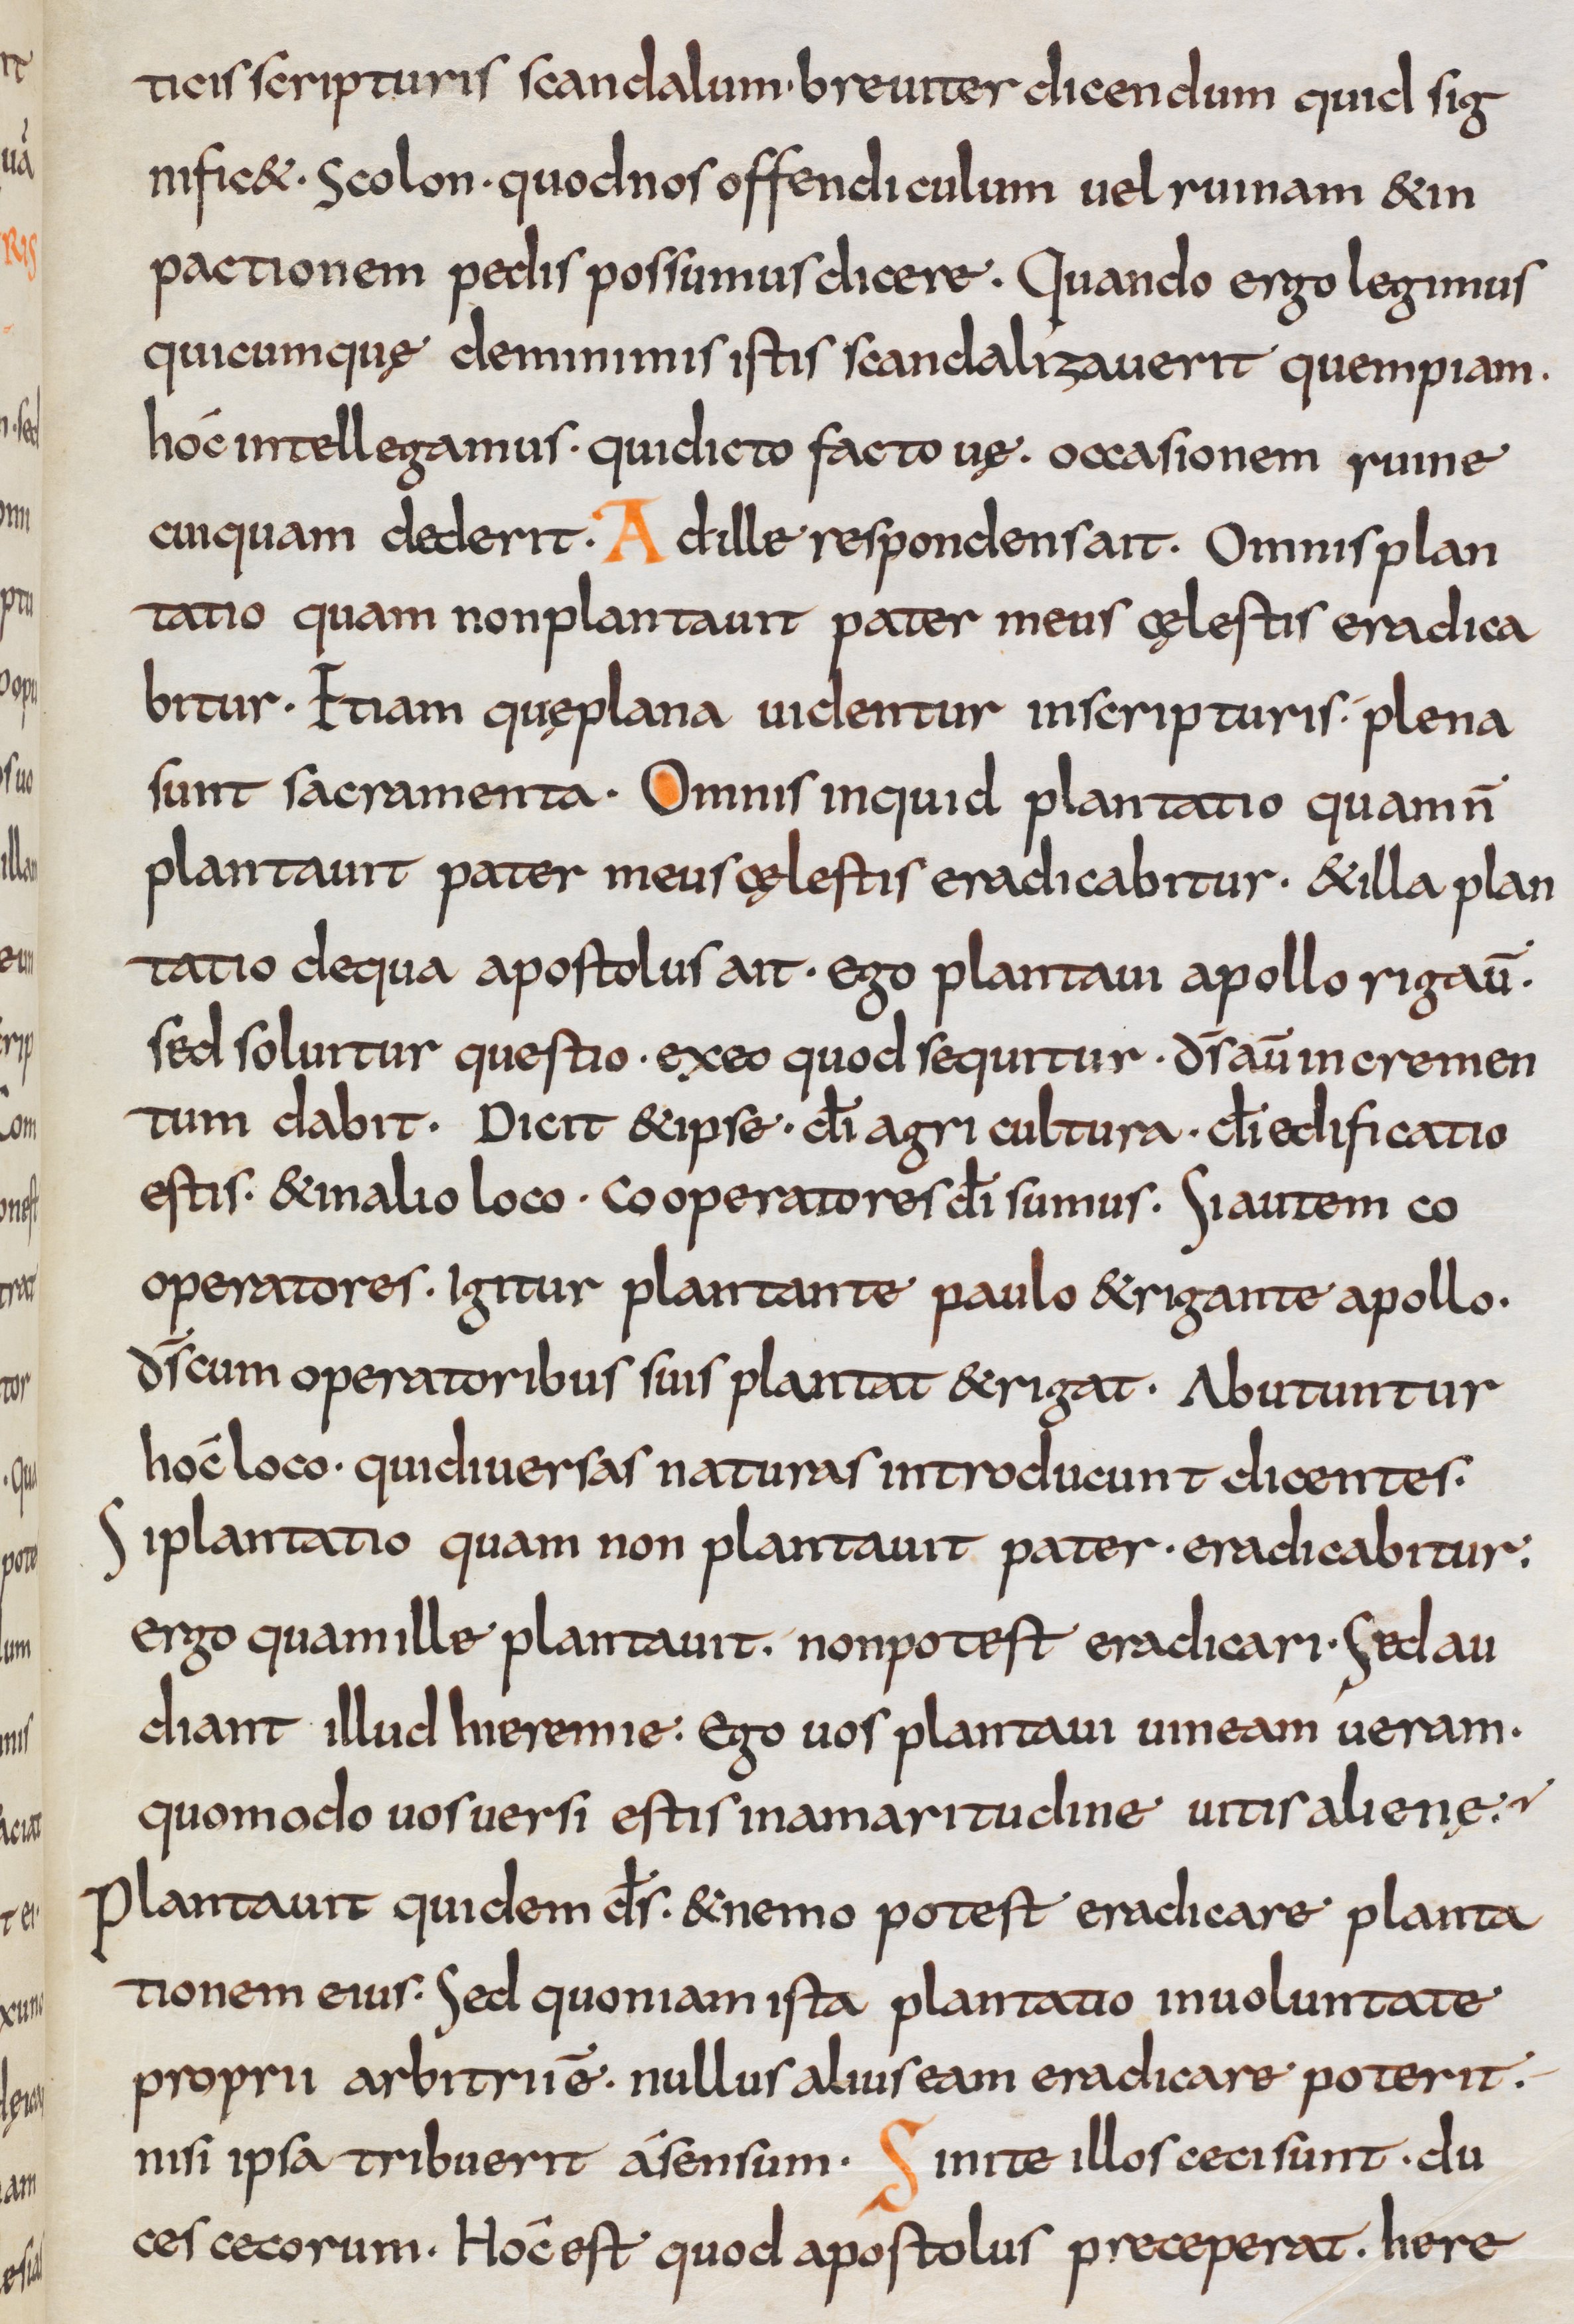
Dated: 800–832